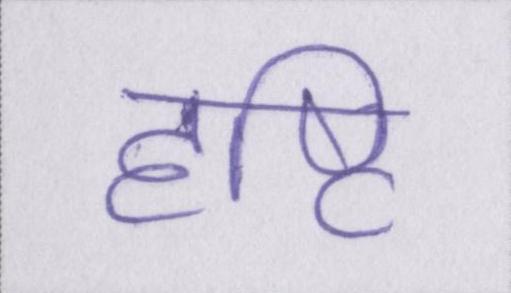
दृष्टि